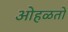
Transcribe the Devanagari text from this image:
ओहळतो